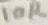
Text: 10R